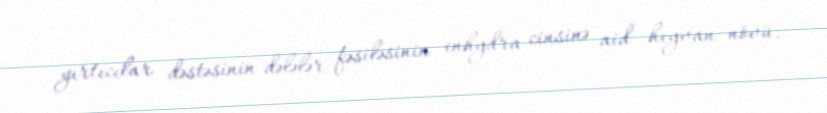
yırtıcılar dəstəsinin dələlər fəsiləsinin enhydra cinsinə aid heyvan növü.